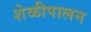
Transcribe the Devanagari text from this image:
शेळीपालन